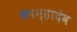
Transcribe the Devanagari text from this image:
कान्हादेव